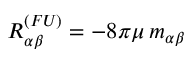
R _ { \alpha \beta } ^ { ( F U ) } = - 8 \pi \mu \, m _ { \alpha \beta }